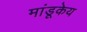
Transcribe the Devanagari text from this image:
मांडूकेय